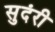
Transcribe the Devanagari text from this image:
सुदंरी